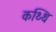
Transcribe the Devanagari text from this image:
कथ्थि